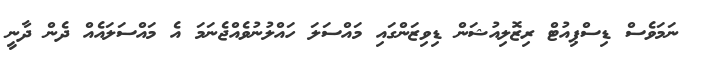
ނަމަވެސް ޑިސްޕިއުޓް ރިޒޮލިއުޝަން ޑިވިޒަންގައި މައްސަލަ ހައްލުނުވެއްޖެނަމަ އެ މައްސަލައެއް ދެން ދާނީ